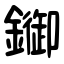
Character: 䥏